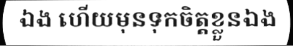
ឯង ហើយមុនទុកចិត្តខ្លួនឯង